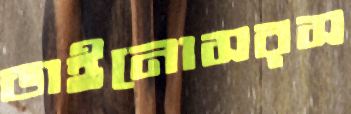
ডাইনোসরস